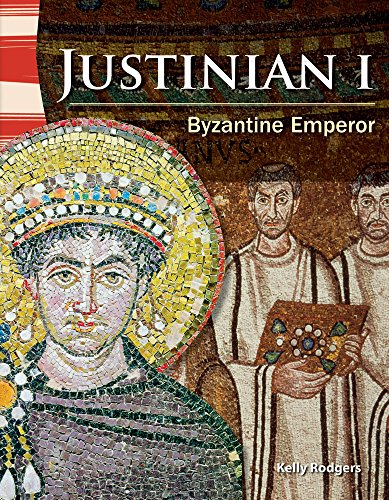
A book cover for Justinian I: Byzantine Emperor (Primary Source Readers); Kelly Rodgers; Children's Books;